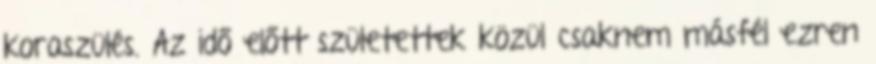
koraszülés. Az idő előtt születettek közül csaknem másfél ezren